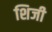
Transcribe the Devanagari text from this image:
शिजी